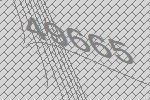
49665